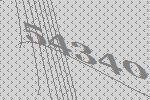
54340